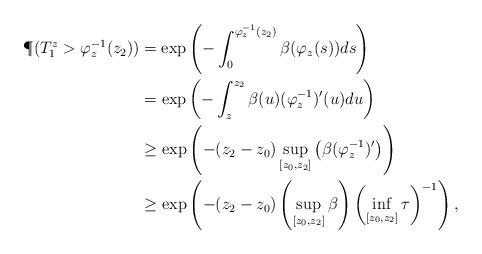
LaTeX: \begin{align*}\P(T_1^z>\varphi_z^{-1}(z_2))&=\exp\left(-\int_0^{\varphi_z^{-1}(z_2)}\beta(\varphi_z(s))ds\right)\\&=\exp\left(-\int_z^{z_2}\beta(u)(\varphi_z^{-1})'(u)du\right)\\&\geq\exp\left(-(z_2-z_0)\sup_{[z_0,z_2]}\left(\beta(\varphi_z^{-1})'\right)\right)\\&\geq\exp\left(-(z_2-z_0)\left(\sup_{[z_0,z_2]}\beta\right)\left(\inf_{[z_0,z_2]}\tau\right)^{-1}\right),\end{align*}